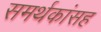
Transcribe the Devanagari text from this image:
समर्थकांसह